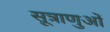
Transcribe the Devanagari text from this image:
सूत्राणुओं